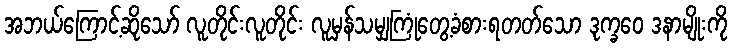
အဘယ်ကြောင့်ဆိုသော် လူတိုင်းလူတိုင်း လူမှန်သမျှကြုံတွေ့ခံစားရတတ်သော ဒုက္ခဝေ ဒနာမျိုးကို